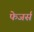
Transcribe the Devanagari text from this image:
फेजर्स